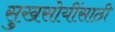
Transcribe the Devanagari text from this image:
सुखसोयींसाठी